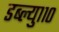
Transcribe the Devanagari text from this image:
डब्ल्यु११०